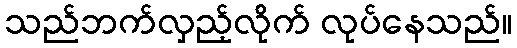
သည်ဘက်လှည့်လိုက် လုပ်နေသည်။